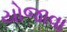
યોજાવા